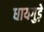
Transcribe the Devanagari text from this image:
धायगुड़े